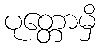
ပုတ္တောမှိ